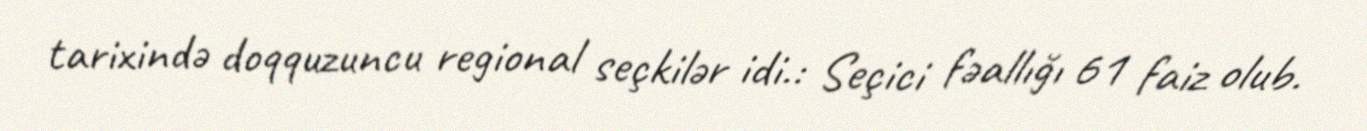
tarixində doqquzuncu regional seçkilər idi.: Seçici fəallığı 61 faiz olub.